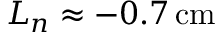
L _ { n } \approx - 0 . 7 \, \mathrm { c m }